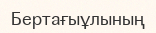
Бертағыұлының